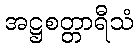
အဋ္ဌစတ္တာရီသံ